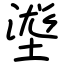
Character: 㙙